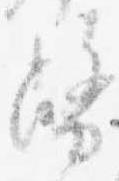
幣